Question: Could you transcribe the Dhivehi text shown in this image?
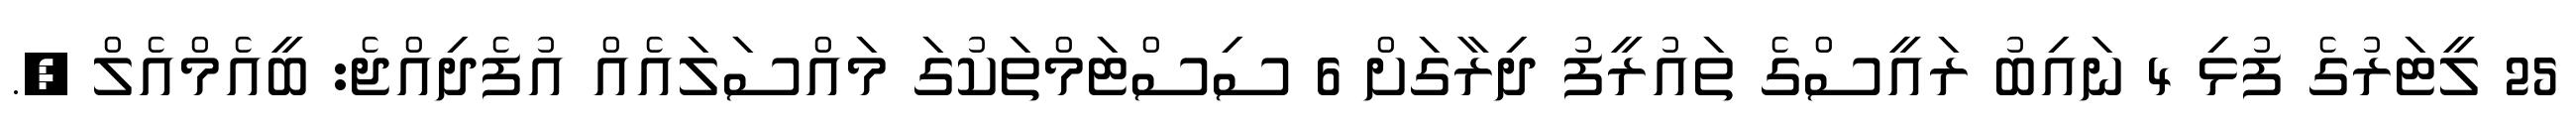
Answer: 25 ލީޓަރުގެ ފުޅި 4 ނައިބު ރައީސްގެ ތައުރީފު ދިރާގަށް 6 ސިސްޓަމްތަކުގަ މައްސަލައެއް އުފެދިއްޖެ: ބީއެމްއެލް ,.